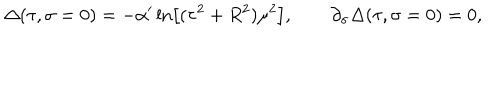
\Delta ( \tau , \sigma = 0 ) = - \alpha ^ { \prime } \ln \left[ ( \tau ^ { 2 } + R ^ { 2 } ) \mu ^ { 2 } \right] , \qquad \partial _ { \sigma } \Delta ( \tau , \sigma = 0 ) = 0 ,